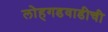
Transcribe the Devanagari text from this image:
लोहगडवाडीची